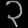
Digit: ၃